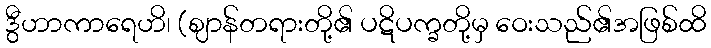
ဒွီဟာကာရေဟိ၊ (ဈာန်တရားတို့၏ ပဋိပက္ခတို့မှ ဝေးသည်၏အဖြစ်ထိ